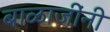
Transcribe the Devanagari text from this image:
बाळाजींनी